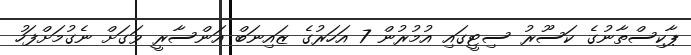
ޕާކިސްތާނުގެ ކަސޫރު ސިޓީގައި އުމުރުން 7 އަހަރުގެ ޒައިނަބް އަންސާރީ ވަގަށް ނެގުމަށްފަހު